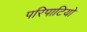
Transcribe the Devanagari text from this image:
परिपाटियो